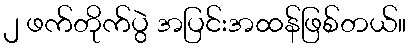
၂ ဖက်တိုက်ပွဲ အပြင်းအထန်ဖြစ်တယ်။